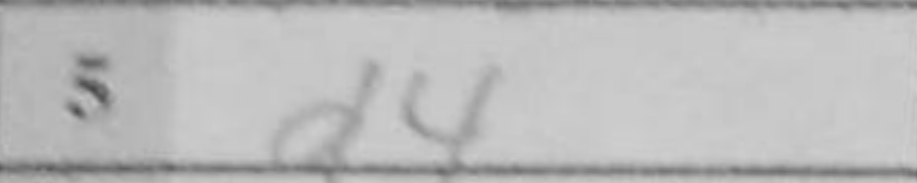
Transcription: d4